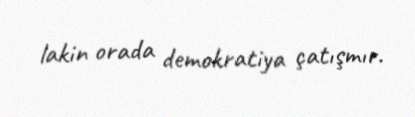
lakin orada demokratiya çatışmır.